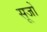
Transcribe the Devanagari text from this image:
सूजों